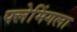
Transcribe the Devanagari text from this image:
फ्लेमिंगला